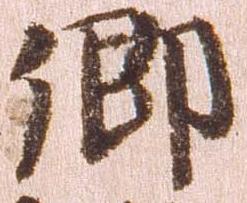
郷